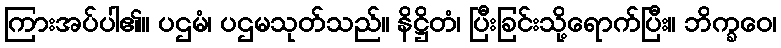
ကြားအပ်ပါ၏။ ပဌမံ၊ ပဌမသုတ်သည်။ နိဋ္ဌိတံ၊ ပြီးခြင်းသို့ရောက်ပြီး။ ဘိက္ခဝေ၊